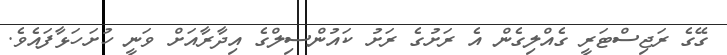
ގޭގެ ރަޖިސްޓަރީ ގެއްލިގެން އެ ރަށުގެ ރަށު ކައުންސިލްގެ އިދާރާއަށް ވަނީ ހުށަހަޅާފައެވެ.